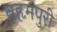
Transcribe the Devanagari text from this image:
ब्रहृमपुरी